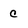
Character: C